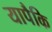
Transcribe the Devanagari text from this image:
यापैकि